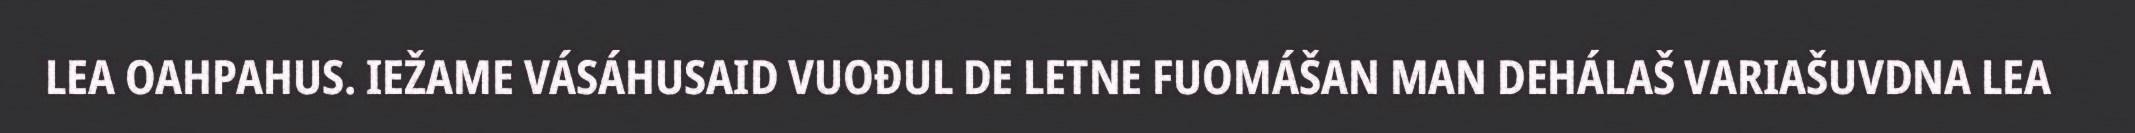
LEA OAHPAHUS. IEŽAME VÁSÁHUSAID VUOĐUL DE LETNE FUOMÁŠAN MAN DEHÁLAŠ VARIAŠUVDNA LEA